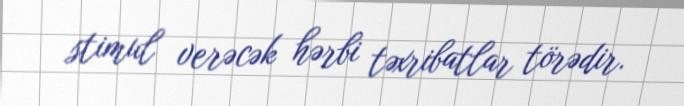
stimul verəcək hərbi təxribatlar törədir.